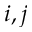
i , j